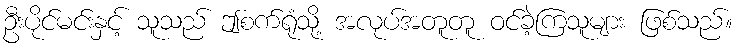
ဦးပိုင်မင်းနှင့် သူသည် ဤစက်ရုံသို့ အလုပ်အတူတူ ဝင်ခဲ့ကြသူများ ဖြစ်သည်။